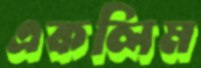
একলিম